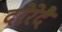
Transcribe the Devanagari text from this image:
दरेरेदै